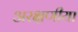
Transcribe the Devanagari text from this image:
अरक्षणीया